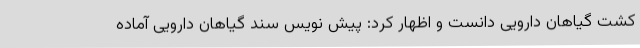
کشت گیاهان دارویی دانست و اظهار کرد: پیش نویس سند گیاهان دارویی آماده